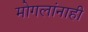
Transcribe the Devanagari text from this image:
मोगलांनाही